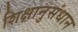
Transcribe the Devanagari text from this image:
शिक्षानुसंधान